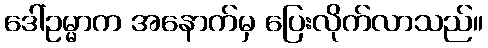
ဒေါ်ဥမ္မာက အနောက်မှ ပြေးလိုက်လာသည်။